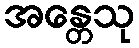
အန္တေသု